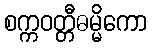
စက္ကဝတ္တီဓမ္မိကော